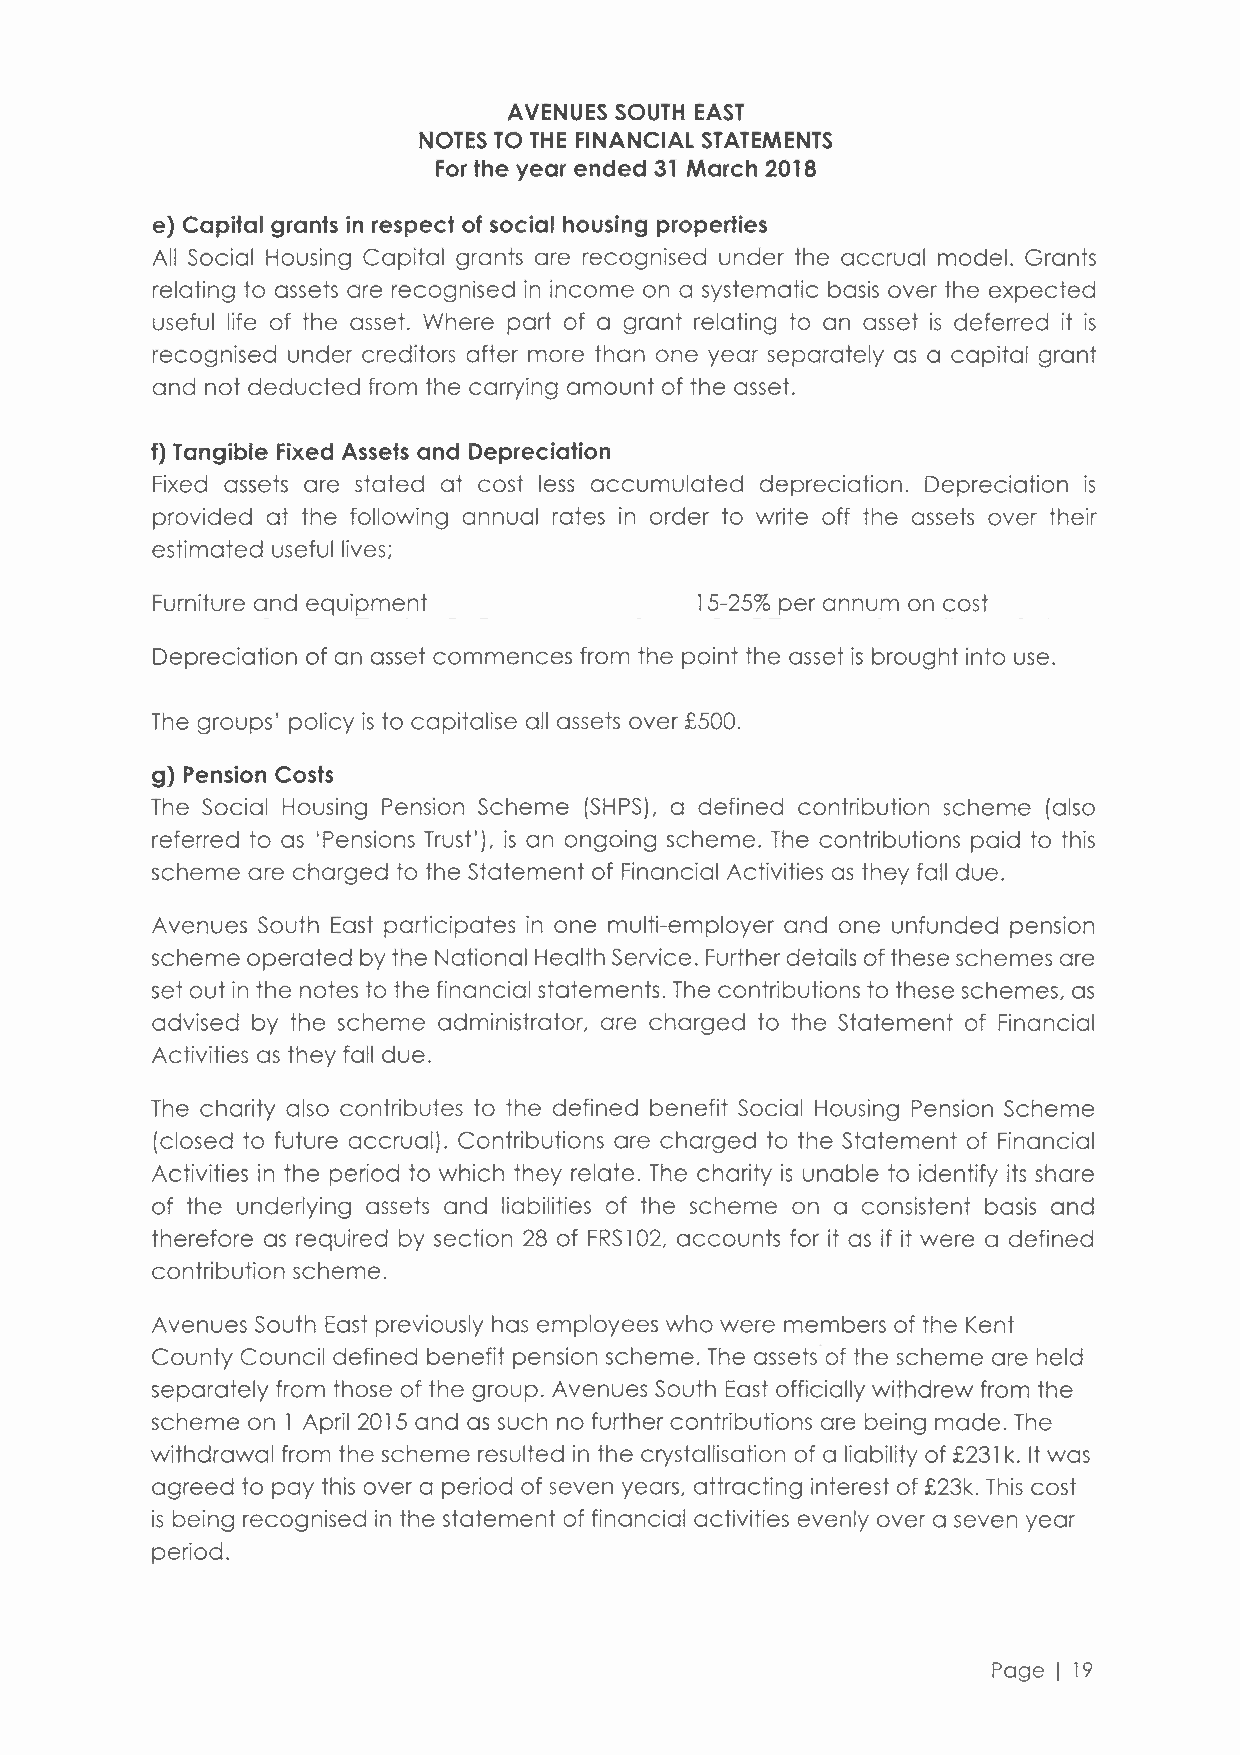
AVENUES SOUTH EAST
 NOTES TO THE FINANCIAL STATEMENTS
 For the year ended 31 March 2018
 e) Capital grants in respect of social housing properties
 All Social Housing Capital grants are recognised under the accrual model. Grants
 relating to assets are recognised in income on a systematic basis over the expected
 useful life of the asset. Where part of a grant relating to an asset is deferred it is
 recognised under creditors after more than one year separately as a capital grant
 and not deducted from the carrying amount of the asset.
 f) Tangible Fixed Assets and Depreciation
 Fixed assets are stated at cost less accumulated depreciation. Depreciation is
 provided at the following annual rates in order to write off the assets over their
 estimated useful lives;
 Furniture and equipment             15-25%p er annum on cost
 Depreciation of an asset commences from the point the asset is brought into use.
 The groups' policy is to capitalise all assets over £500.
 g) Pension Costs
 The Social Housing Pension Scheme (SHPS), a defined contribution scheme (also
 referred to as 'Pensions Trust'), is an ongoing scheme. The contributions paid to this
 scheme are charged to the Statement of Financial Activities as they fall due.
 Avenues South East participates in one multi-employer and one unfunded pension
 scheme operated by the National Health Service. Further details of these schemes are
 set out in the notes to the financial statements. The contributions to these schemes, as
 advised by the scheme administrator, are charged to the Statement of Financial
 Activities as they fall due.
 The charity also contributes to the defined benefit Social Housing Pension Scheme
 (closed to future accrual). Contributions are charged to the Statement of Financial
 Activities in the period to which they relate. The charity is unable to identify its share
 of the underlying assets and liabilities of the scheme on a consistent basis and
 therefore as required by section 28 of FRS 102, accounts for it as if it were a defined
 contribution scheme.
 Avenues South East previously has employees who were members of the Kent
 County Council defined benefit pension scheme. The assets of the scheme are held
 separately from those of the group. Avenues South East officially withdrew from the
 scheme on 1 April 2015 and as such no further contributions are being made. The
 withdrawal from the scheme resulted in the crystallisation of a liability of £231 k. It was
 agreed to pay this over a period of seven years, attracting interest of £23k. This cost
 is being recognised in the statement of financial activities evenly over a seven year
 period.
 Page I 19